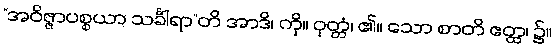
“အဝိဇ္ဇာပစ္စယာ သင်္ခါရာ”တိ အာဒိ၊ ကို။ ဝုတ္တံ၊ ၏။ သော စာတိ ဧတ္ထ၊ ၌။